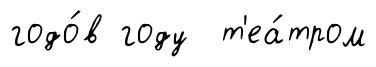
годо́в году т'еа́тром